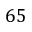
6 5